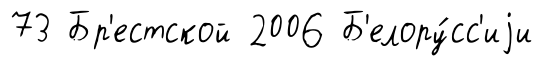
73 Бр'естской 2006 Б'елору́сс'иjи